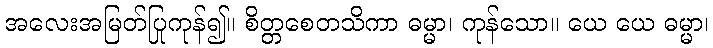
အလေးအမြတ်ပြုကုန်၍။ စိတ္တစေတသိကာ ဓမ္မာ၊ ကုန်သော။ ယေ ယေ ဓမ္မာ၊